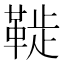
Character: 𩋀